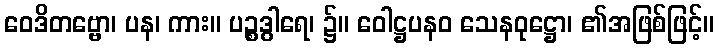
ဝေဒိတဗ္ဗော၊ ပန၊ ကား။ ပဉ္စဒွါရေ၊ ၌။ ဝေါဋ္ဌပနဝ သေနဝုဋ္ဌော၊ ၏အဖြစ်ဖြင့်။